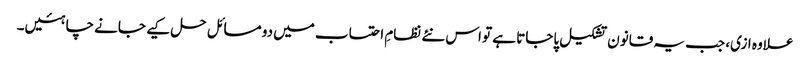
علاوہ ازی، جب یہ قانون تشکیل پاجاتا ہے تو اس نئے نظامِ احتساب میں دو مسائل حل کیے جانے چاہئیں۔